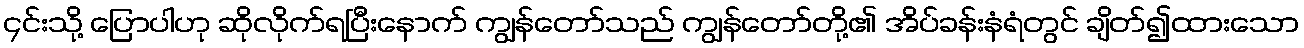
၄င်းသို့ ပြောပါဟု ဆိုလိုက်ရပြီးနောက် ကျွန်တော်သည် ကျွန်တော်တို့၏ အိပ်ခန်းနံရံတွင် ချိတ်၍ထားသော